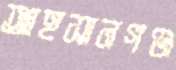
আহসানগঞ্জ